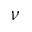
\nu